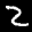
Label: 2